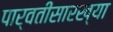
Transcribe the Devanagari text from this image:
पार्वतीसारख्या